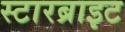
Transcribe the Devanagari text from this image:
स्टारब्राइट